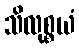
သိလုစ္စယံ